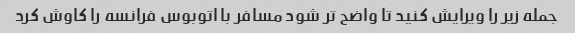
جمله زیر را ویرایش کنید تا واضح تر شود مسافر با اتوبوس فرانسه را کاوش کرد